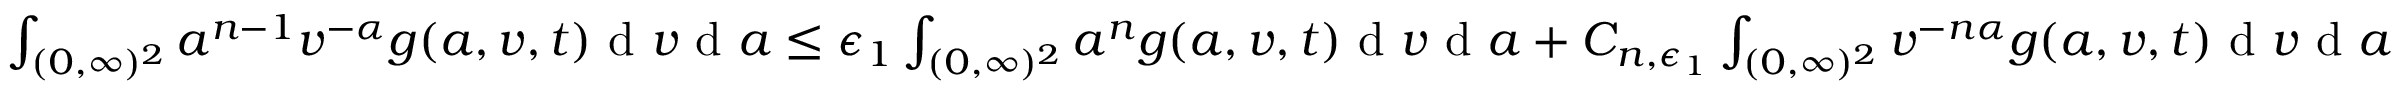
\begin{array} { r } { \int _ { ( 0 , \infty ) ^ { 2 } } a ^ { n - 1 } v ^ { - \alpha } g ( a , v , t ) \textup { d } v \textup { d } a \leq \epsilon _ { 1 } \int _ { ( 0 , \infty ) ^ { 2 } } a ^ { n } g ( a , v , t ) \textup { d } v \textup { d } a + C _ { n , \epsilon _ { 1 } } \int _ { ( 0 , \infty ) ^ { 2 } } v ^ { - n \alpha } g ( a , v , t ) \textup { d } v \textup { d } a } \end{array}